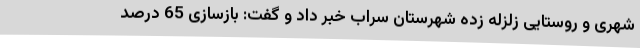
شهری و روستایی زلزله زده شهرستان سراب خبر داد و گفت: بازسازی 65 درصد